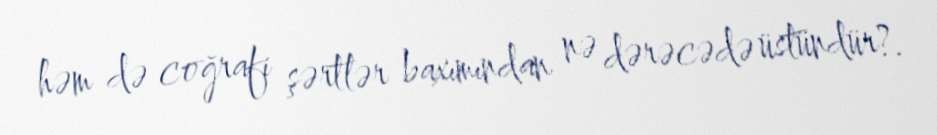
həm də coğrafi şərtlər baxımından nə dərəcədə üstündür?.